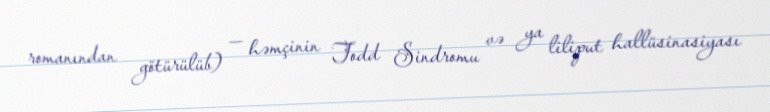
romanından götürülüb) — həmçinin Todd Sindromu və ya liliput hallüsinasiyası